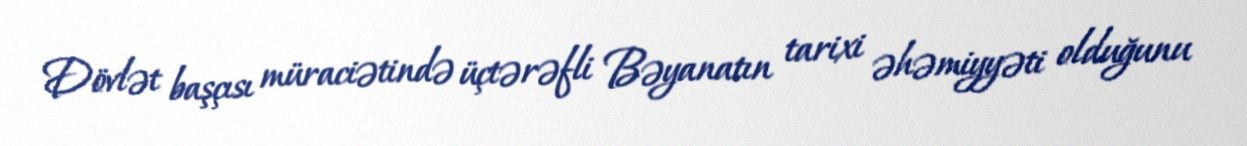
Dövlət başçısı müraciətində üçtərəfli Bəyanatın tarixi əhəmiyyəti olduğunu